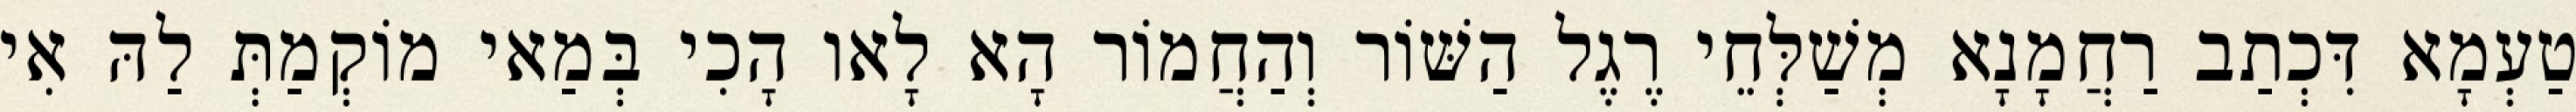
טַעְמָא דִּכְתַב רַחֲמָנָא מְשַׁלְּחֵי רֶגֶל הַשּׁוֹר וְהַחֲמוֹר הָא לָאו הָכִי בְּמַאי מוֹקְמַתְּ לַהּ אִי